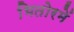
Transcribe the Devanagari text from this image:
भितोरमें